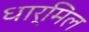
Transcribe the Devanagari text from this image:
धार्मिल